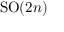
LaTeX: \mathrm { S O } ( 2 n )